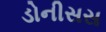
ડોનીસસ